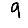
Digit: 9